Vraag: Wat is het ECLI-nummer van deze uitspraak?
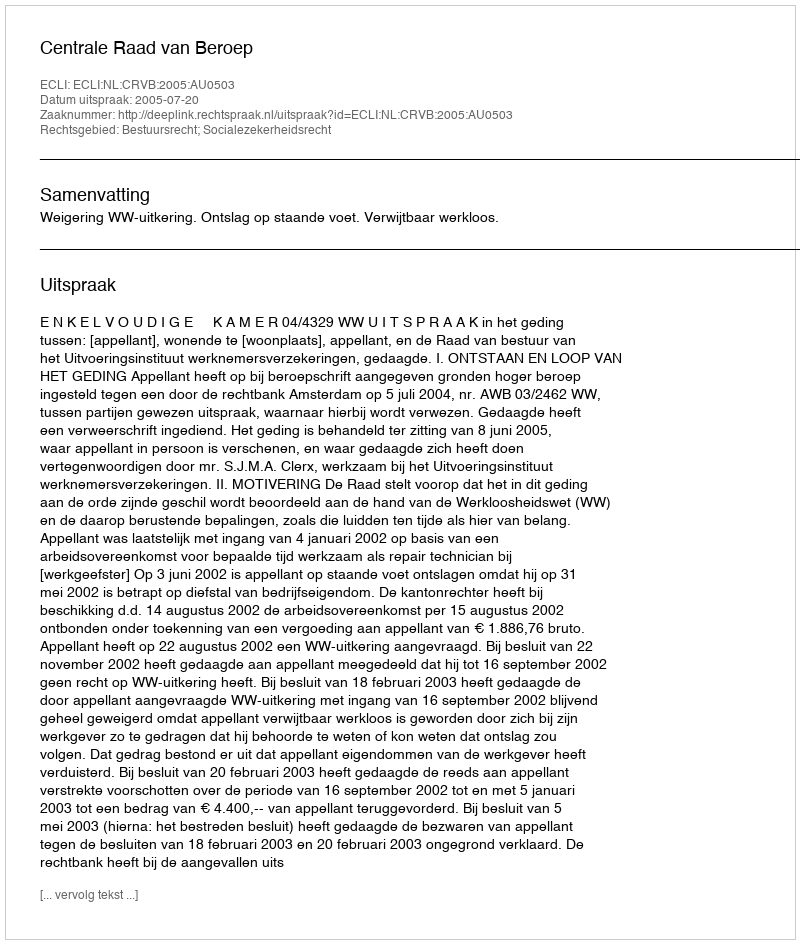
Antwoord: ECLI:NL:CRVB:2005:AU0503